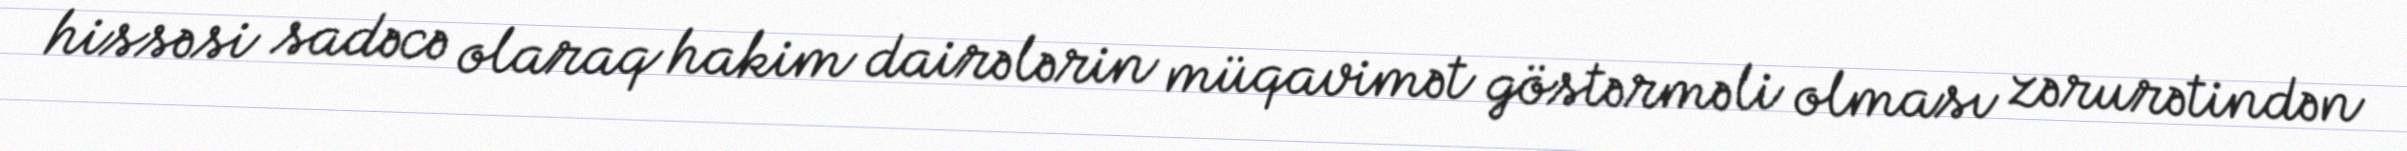
hissəsi sadəcə olaraq hakim dairələrin müqavimət göstərməli olması zərurətindən